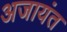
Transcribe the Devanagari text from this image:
अजायंत